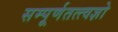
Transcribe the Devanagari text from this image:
सम्पूर्णतत्त्वज्ञो